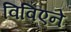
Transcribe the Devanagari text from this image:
विविएने